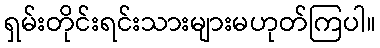
ရှမ်းတိုင်းရင်းသားများမဟုတ်ကြပါ။